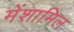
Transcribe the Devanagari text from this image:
मेंशामिल